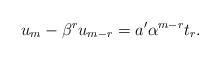
\begin{align*} u_m-\beta^ru_{m-r}=a'\alpha^{m-r}t_r.\end{align*}